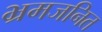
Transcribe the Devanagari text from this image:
भ्रमजनित